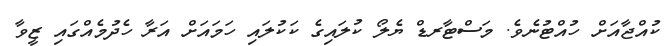
ކުއްޖާއަށް ހުއްޓުނެވެ. މަސްޓާރޑް ޔެލޯ ކުލައިގެ ކަކުލައި ހަމައަށް އަރާ ހެދުމެއްގައި ޒީވާ